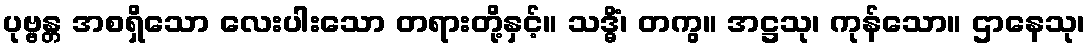
ပုဗ္ဗန္တ အစရှိသော လေးပါးသော တရားတို့နှင့်။ သဒ္ဓိံ၊ တကွ။ အဋ္ဌသု၊ ကုန်သော။ ဌာနေသု၊